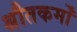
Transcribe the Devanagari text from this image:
श्रौतकर्मों